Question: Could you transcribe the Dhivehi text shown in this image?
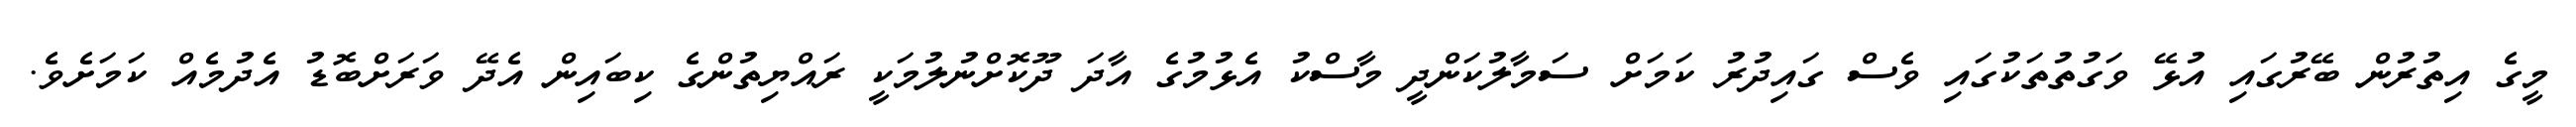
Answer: މީގެ އިތުރުން ބޭރުގައި އުޅޭ ވަގުތުތަކުގައި ވެސް ގައިދުރު ކަމަށް ސަމާލުކަންދީ މާސްކު އެޅުމުގެ އާދަ ދޫކޮށްނުލުމަކީ ރައްޔިތުންގެ ކިބައިން އެދޭ ވަރަށްބޮޑު އެދުމެއް ކަމަށެވެ.